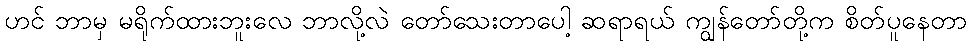
ဟင် ဘာမှ မရိုက်ထားဘူးလေ ဘာလို့လဲ တော်သေးတာပေါ့ ဆရာရယ် ကျွန်တော်တို့က စိတ်ပူနေတာ